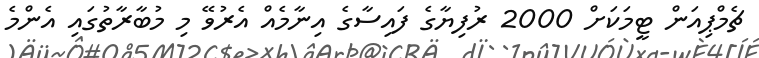
ޗެމްޕިއަން ޓީމަކަށް 2000 ރުފިޔާގެ ފައިސާގެ އިނާމެއް އެރުވޭ މި މުބާރާތުގައި އެންމެ